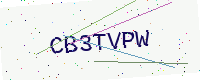
Text: CB3TVPW